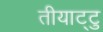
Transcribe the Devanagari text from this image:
तीयाट्टु